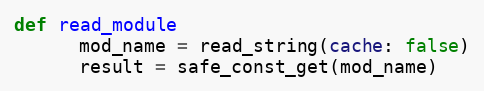
Language: Ruby
def read_module
      mod_name = read_string(cache: false)
      result = safe_const_get(mod_name)